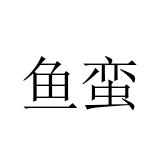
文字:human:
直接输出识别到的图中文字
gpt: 鱼蛮